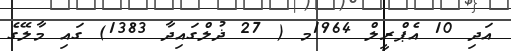
އަދި 10 އެޕްރީލް 1964މ ( 27 ޛުލްގައިދާ 1383) ގައި މާލޭގެ